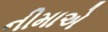
નીમાએ